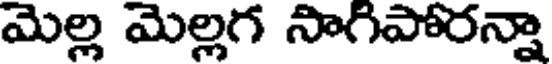
మెల్ల మెల్లగ సాగిపోరన్నా